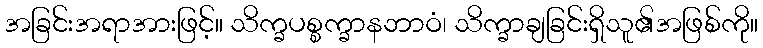
အခြင်းအရာအားဖြင့်။ သိက္ခပစ္စက္ခာနဘာဝံ၊ သိက္ခာချခြင်းရှိသူ၏အဖြစ်ကို။